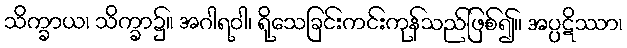
သိက္ခာယ၊ သိက္ခာ၌။ အဂါရဝါ၊ ရိုသေခြင်းကင်းကုန်သည်ဖြစ်၍။ အပ္ပဋိဿာ၊